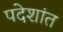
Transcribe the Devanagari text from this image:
पदेशांत